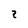
Character: 2